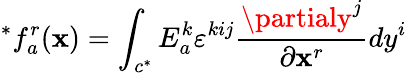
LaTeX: ^{*}f_{a}^{r}(\mathbf{x})=\int_{c^{*}}E_{a}^{k}\varepsilon^{kij}\frac{{\partialy^{j}}}{{\partial\mathbf{x}^{r}}}dy^{i}